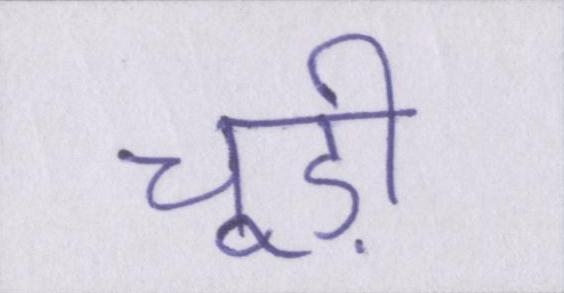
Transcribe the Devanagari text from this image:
चूड़ी